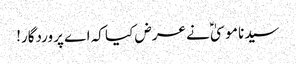
سیدنا موسیٰؑ نے عرض کیا کہ اے پروردگار!